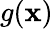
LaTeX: g(\mathbf{x})